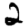
Digit: 2